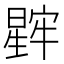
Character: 𬁖